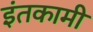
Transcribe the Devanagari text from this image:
इंतकामी